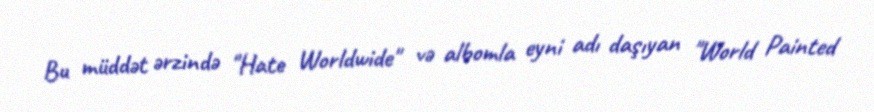
Bu müddət ərzində "Hate Worldwide" və albomla eyni adı daşıyan "World Painted